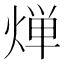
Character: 𬊤